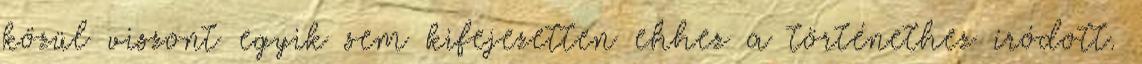
közül viszont egyik sem kifejezetten ehhez a történethez íródott.